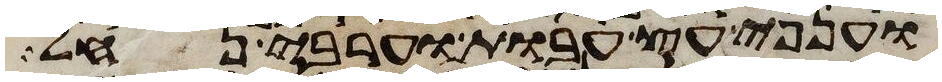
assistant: וענפי עץ עבות וערבי נחל